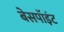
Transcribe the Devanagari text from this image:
बेसपॉइंट